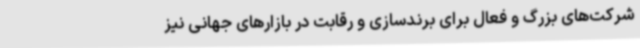
شرکت‌های بزرگ و فعال برای برندسازی و رقابت در بازارهای جهانی نیز